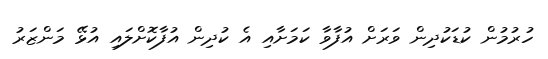
ހުރުމުން ކުޑަކުދިން ވަރަށް އުފާވާ ކަމަށާއި އެ ކުދިން އުފާކޮށްލައި އުޅޭ މަންޒަރު